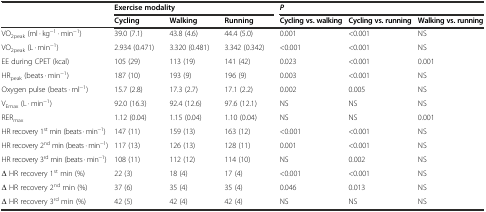
<table><thead><tr><td></td><td colspan="6"><b>Exercise modality</b></td><td colspan="3"><b><i>P</i></b></td></tr><tr><td></td><td colspan="2"><b>Cycling</b></td><td colspan="2"><b>Walking</b></td><td colspan="2"><b>Running</b></td><td><b>Cycling vs. walking</b></td><td><b>Cycling vs. running</b></td><td><b>Walking vs. running</b></td></tr></thead><tbody><tr><td>VO<sub>2peak</sub> (ml · kg<sup>−1</sup> · min<sup>−1</sup>)</td><td>39.0 (7.1)</td><td></td><td>43.8 (4.6)</td><td></td><td>44.4 (5.0)</td><td></td><td>0.001</td><td>&lt;0.001</td><td>NS</td></tr><tr><td>VO<sub>2peak</sub> (L · min<sup>−1</sup>)</td><td>2.934 (0.471)</td><td></td><td>3.320 (0.481)</td><td></td><td>3.342 (0.342)</td><td></td><td>&lt;0.001</td><td>&lt;0.001</td><td>NS</td></tr><tr><td>EE during CPET (kcal)</td><td>105 (29)</td><td></td><td>113 (19)</td><td></td><td>141 (42)</td><td></td><td>0.023</td><td>&lt;0.001</td><td>0.001</td></tr><tr><td>HR<sub>peak</sub> (beats · min<sup>−1</sup>)</td><td>187 (10)</td><td></td><td>193 (9)</td><td></td><td>196 (9)</td><td></td><td>0.003</td><td>&lt;0.001</td><td>NS</td></tr><tr><td>Oxygen pulse (beats · ml<sup>−1</sup>)</td><td>15.7 (2.8)</td><td></td><td>17.3 (2.7)</td><td></td><td>17.1 (2.2)</td><td></td><td>0.002</td><td>0.005</td><td>NS</td></tr><tr><td>V<sub>Emax</sub> (L · min<sup>−1</sup>)</td><td>92.0 (16.3)</td><td></td><td>92.4 (12.6)</td><td></td><td>97.6 (12.1)</td><td></td><td>NS</td><td>NS</td><td>NS</td></tr><tr><td>RER<sub>max</sub></td><td>1.12 (0.04)</td><td></td><td>1.15 (0.04)</td><td></td><td>1.10 (0.04)</td><td></td><td>NS</td><td>NS</td><td>0.001</td></tr><tr><td>HR recovery 1<sup>st</sup> min (beats · min<sup>−1</sup>)</td><td>147 (11)</td><td></td><td>159 (13)</td><td></td><td>163 (12)</td><td></td><td>&lt;0.001</td><td>&lt;0.001</td><td>NS</td></tr><tr><td>HR recovery 2<sup>nd</sup> min (beats · min<sup>−1</sup>)</td><td>117 (13)</td><td></td><td>126 (13)</td><td></td><td>128 (11)</td><td></td><td>0.001</td><td>&lt;0.001</td><td>NS</td></tr><tr><td>HR recovery 3<sup>rd</sup> min (beats · min<sup>−1</sup>)</td><td>108 (11)</td><td></td><td>112 (12)</td><td></td><td>114 (10)</td><td></td><td>NS</td><td>0.002</td><td>NS</td></tr><tr><td>Δ HR recovery 1<sup>st</sup> min (%)</td><td>22 (3)</td><td></td><td>18 (4)</td><td></td><td>17 (4)</td><td></td><td>&lt;0.001</td><td>&lt;0.001</td><td>NS</td></tr><tr><td>Δ HR recovery 2<sup>nd</sup> min (%)</td><td>37 (6)</td><td></td><td>35 (4)</td><td></td><td>35 (4)</td><td></td><td>0.046</td><td>0.013</td><td>NS</td></tr><tr><td>Δ HR recovery 3<sup>rd</sup> min (%)</td><td>42 (5)</td><td></td><td>42 (4)</td><td></td><td>42 (4)</td><td></td><td>NS</td><td>NS</td><td>NS</td></tr></tbody></table>